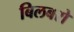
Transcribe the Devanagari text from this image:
बिलबरो